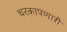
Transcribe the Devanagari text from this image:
थरकापणारी